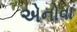
એનોવા